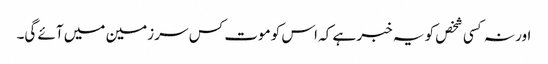
اور نہ کسی شخص کو یہ خبر ہے کہ اس کو موت کس سر زمین میں آئے گی۔